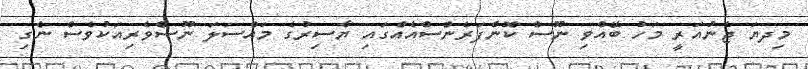
މިދޔަ ޖެނުއަރީ މަހު ބޭއްވި ނޫސް ކޮންފަރެންސްއެއްގައި ޔާސިރުގެ މައްސަލަ ނޫސްވެރިއަކުވެސް ނެގި